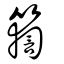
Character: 𥷤